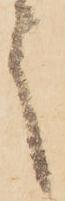
之